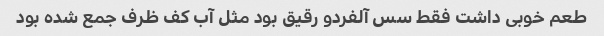
طعم خوبی داشت فقط سس آلفردو رقیق بود مثل آب کف ظرف جمع شده بود